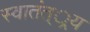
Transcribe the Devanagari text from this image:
स्वातंत््रय